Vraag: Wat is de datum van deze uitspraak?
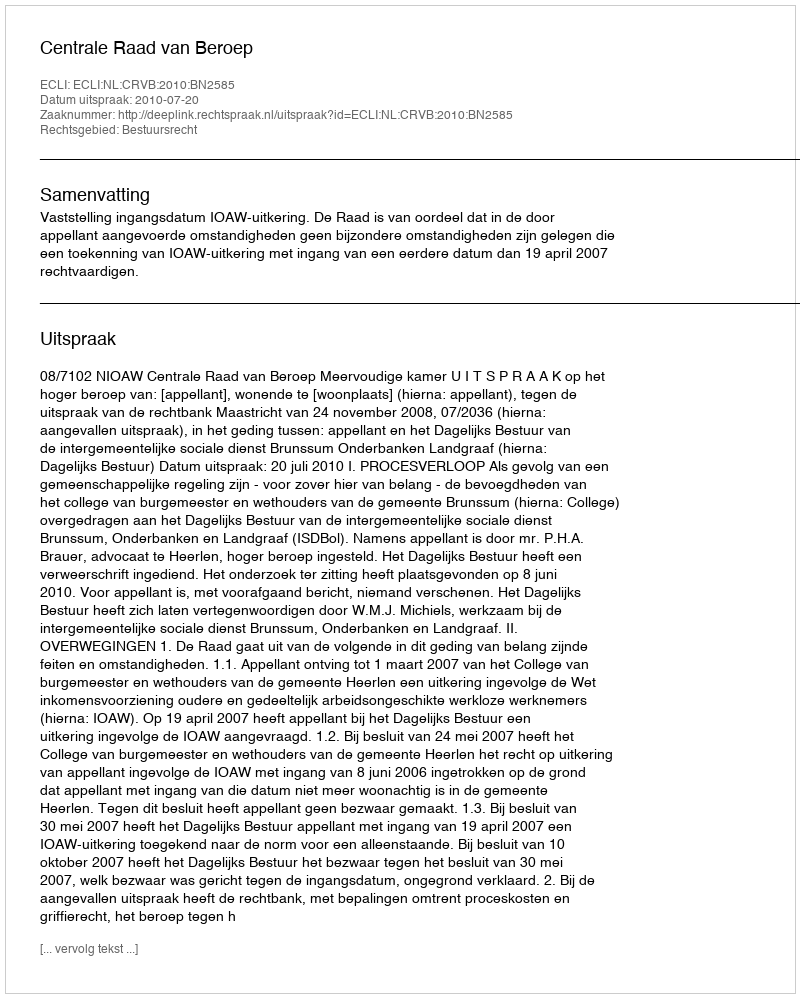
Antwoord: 2010-07-20